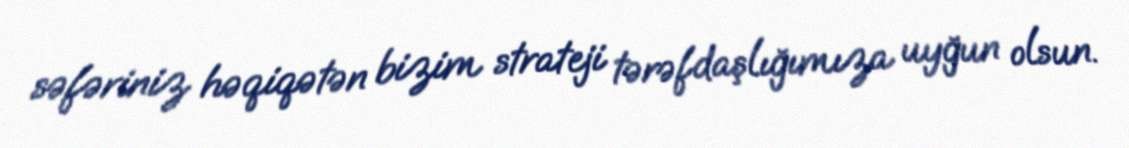
səfəriniz həqiqətən bizim strateji tərəfdaşlığımıza uyğun olsun.